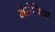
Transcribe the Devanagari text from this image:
मेसेनिया